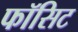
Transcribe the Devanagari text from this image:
फॉसिट